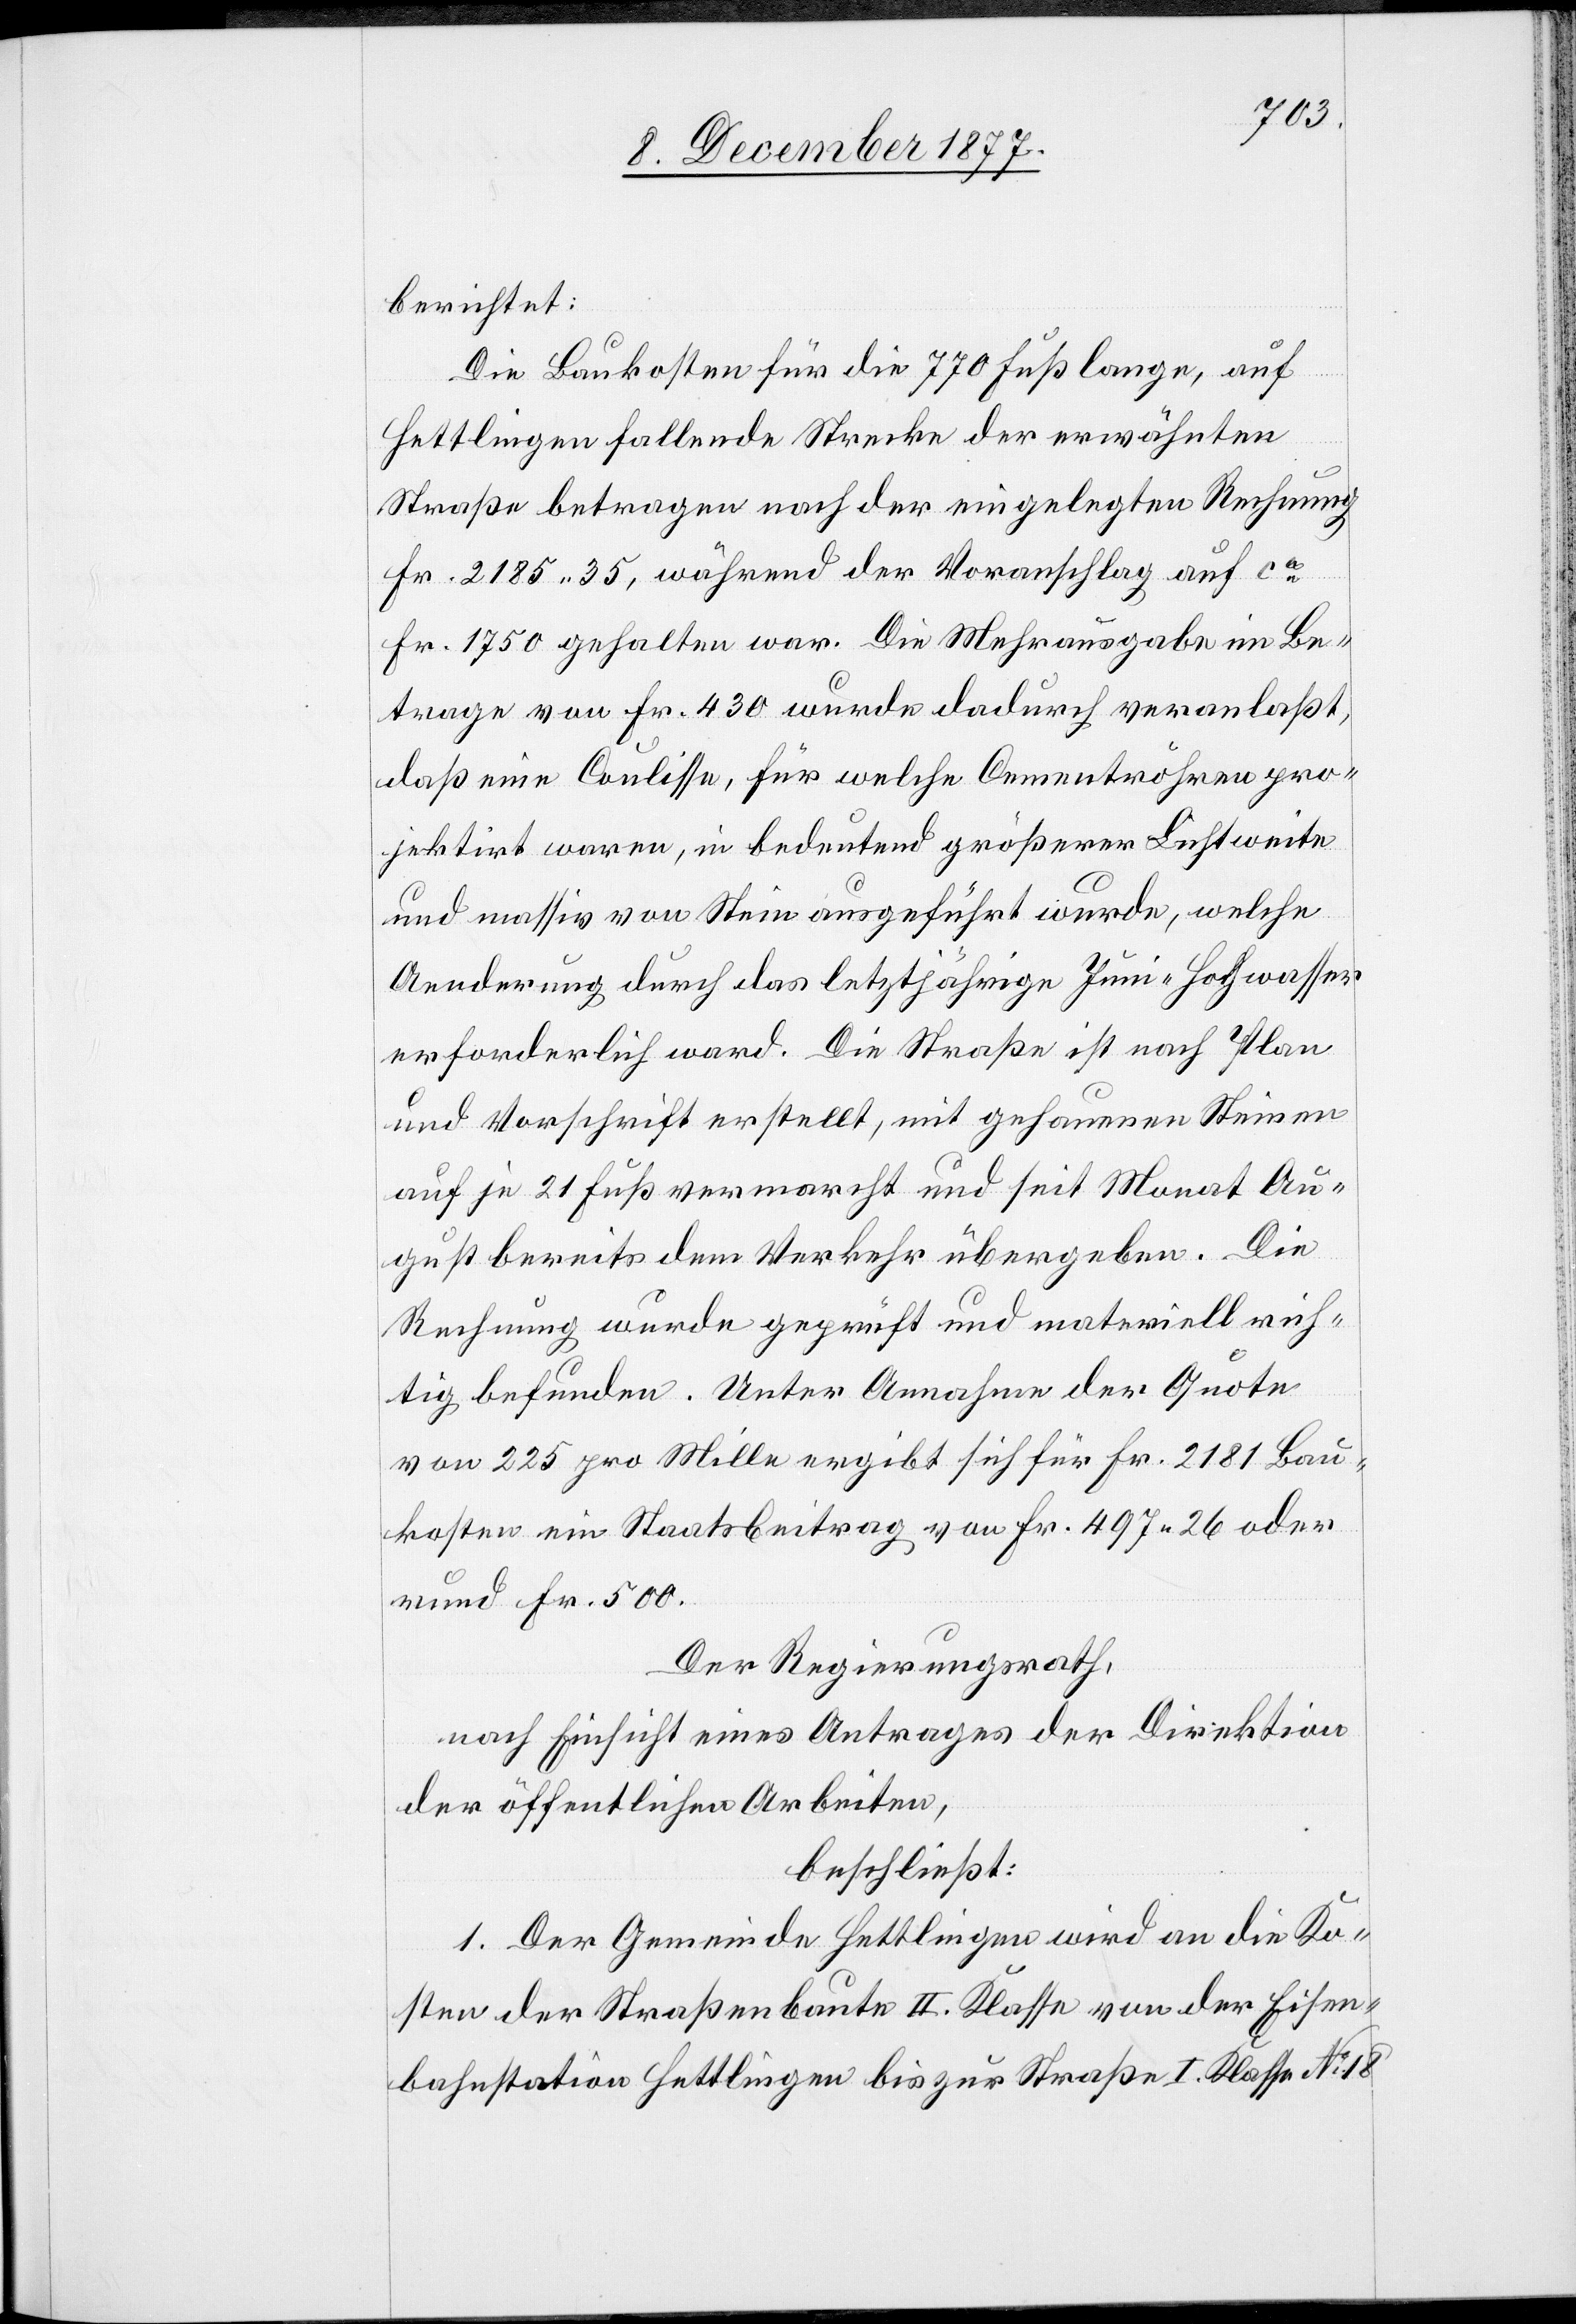
berichtet:
Die Baukosten für die 770 Fuß lange, auf
Hettlingen fallende Strecke der erwähnten
Straße betragen nach der eingelegten Rechnung
Fr. 2185 35, während der Voranschlag auf ca
Fr. 1750 gehalten war. Die Mehrausgabe im Be¬
trage von Fr. 430 wurde dadurch veranlaßt,
daß eine Coulisse, für welche Cementröhren pro¬
jektirt waren, in bedeutend größerer Lichtweite
und massiv von Stein ausgeführt wurde, welche
Aenderung durch das letztjährige Juni-Hochwasser
erforderlich ward. Die Straße ist nach Plan
und Vorschrift erstellt, mit gehauenen Steinen
auf je 21 Fuß vermarcht und seit Monat Au¬
gust bereits dem Verkehr übergeben. Die
Rechnung wurde geprüft und materiell rich¬
tig befunden. Unter Annahme der Quote
von 225 pro Mille ergibt sich für Fr. 2181 Bau¬
kosten ein Staatsbeitrag von Fr. 497 26 oder
rund Fr. 500.
Der Regierungsrath,
nach Einsicht eines Antrages der Direktion
der öffentlichen Arbeiten,
beschließt:
1. Der Gemeinde Hettlingen wird an die Ko¬
sten der Straßenbaute II. Klasse von der Eisen¬
bahnstation Hettlingen bis zur Straße I. Klasse No 18